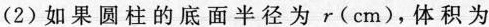
(2) 如果圆柱的底面半径为r(cm)，体积为